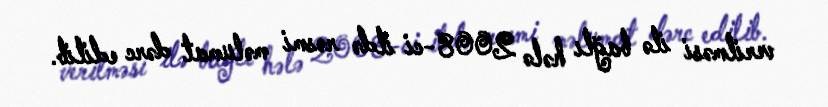
verilməsi ilə bağlı hələ 2008-ci ildə rəsmi məlumat dərc edilib.